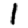
Digit: 1